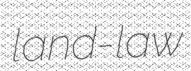
land-law